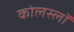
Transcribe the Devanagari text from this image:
कोलस्लॉ